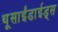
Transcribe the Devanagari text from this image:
थूसाईंडाईड्स